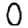
Digit: 0